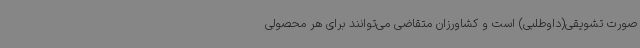
صورت تشویقی(داوطلبی) است و کشاورزان متقاضی می‌توانند برای هر محصولی